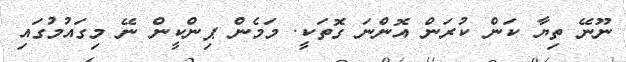
ނޫނޭ ތިޔާ ކަން ކުރަން އޮންނަ ގޮތަކީ. މަމެން ޕިންކީން ނޭ މިގައުމުގައި